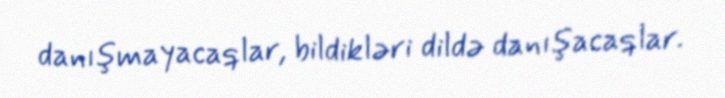
danışmayacaqlar, bildikləri dildə danışacaqlar.